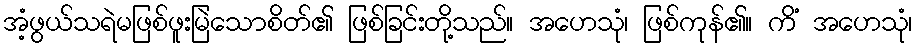
အံ့ဖွယ်သရဲမဖြစ်ဖူးမြဲသောစိတ်၏ ဖြစ်ခြင်းတို့သည်။ အဟေသုံ၊ ဖြစ်ကုန်၏။ ကိံ အဟေသုံ၊